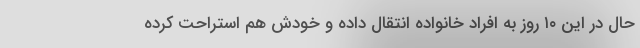
حال در این ۱۰ روز به افراد خانواده انتقال داده و خودش هم استراحت کرده